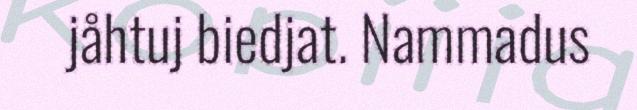
jåhtuj biedjat. Nammadus